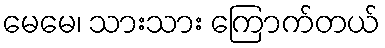
မေမေ၊ သားသား ကြောက်တယ်